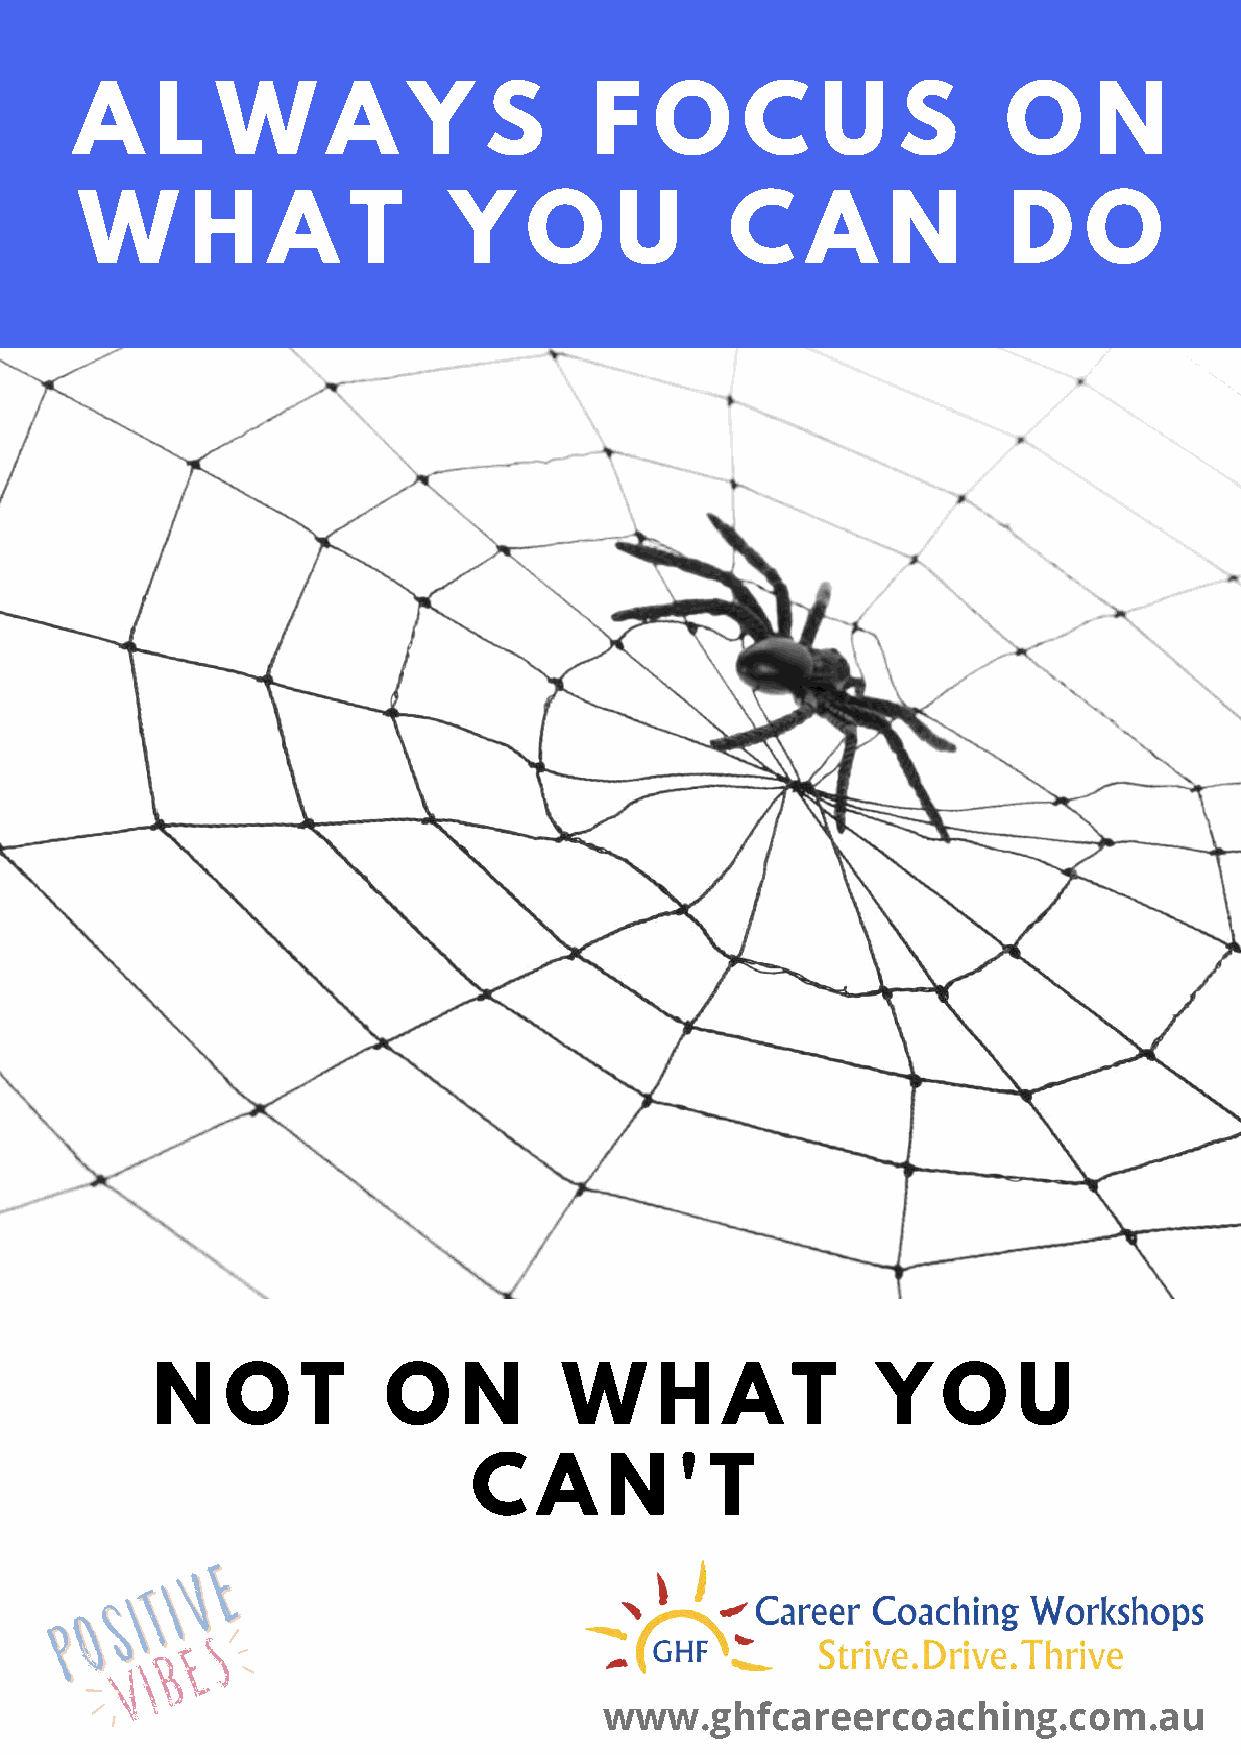
A    L   W       A    Y    S      F   O     C    U    S       O    N
 W       H    A    T      Y    O     U      C    A     N       D    O
 N    O    T    O    N      W     H    A   T     Y   O    U
 C    A   N    ' T
 www.ghfcareercoaching.com.au